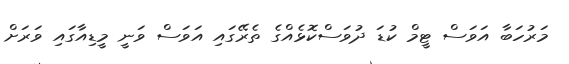
މަރުހަބާ އަވަސް ޓީމް ކުޑަ ދުވަސްކޮޅެއްގެ ތެރޭގައި އަވަސް ވަނީ މީޑިއާގައި ވަރަށް